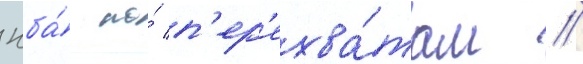
нба́ по́ п'ер'ехва́там //